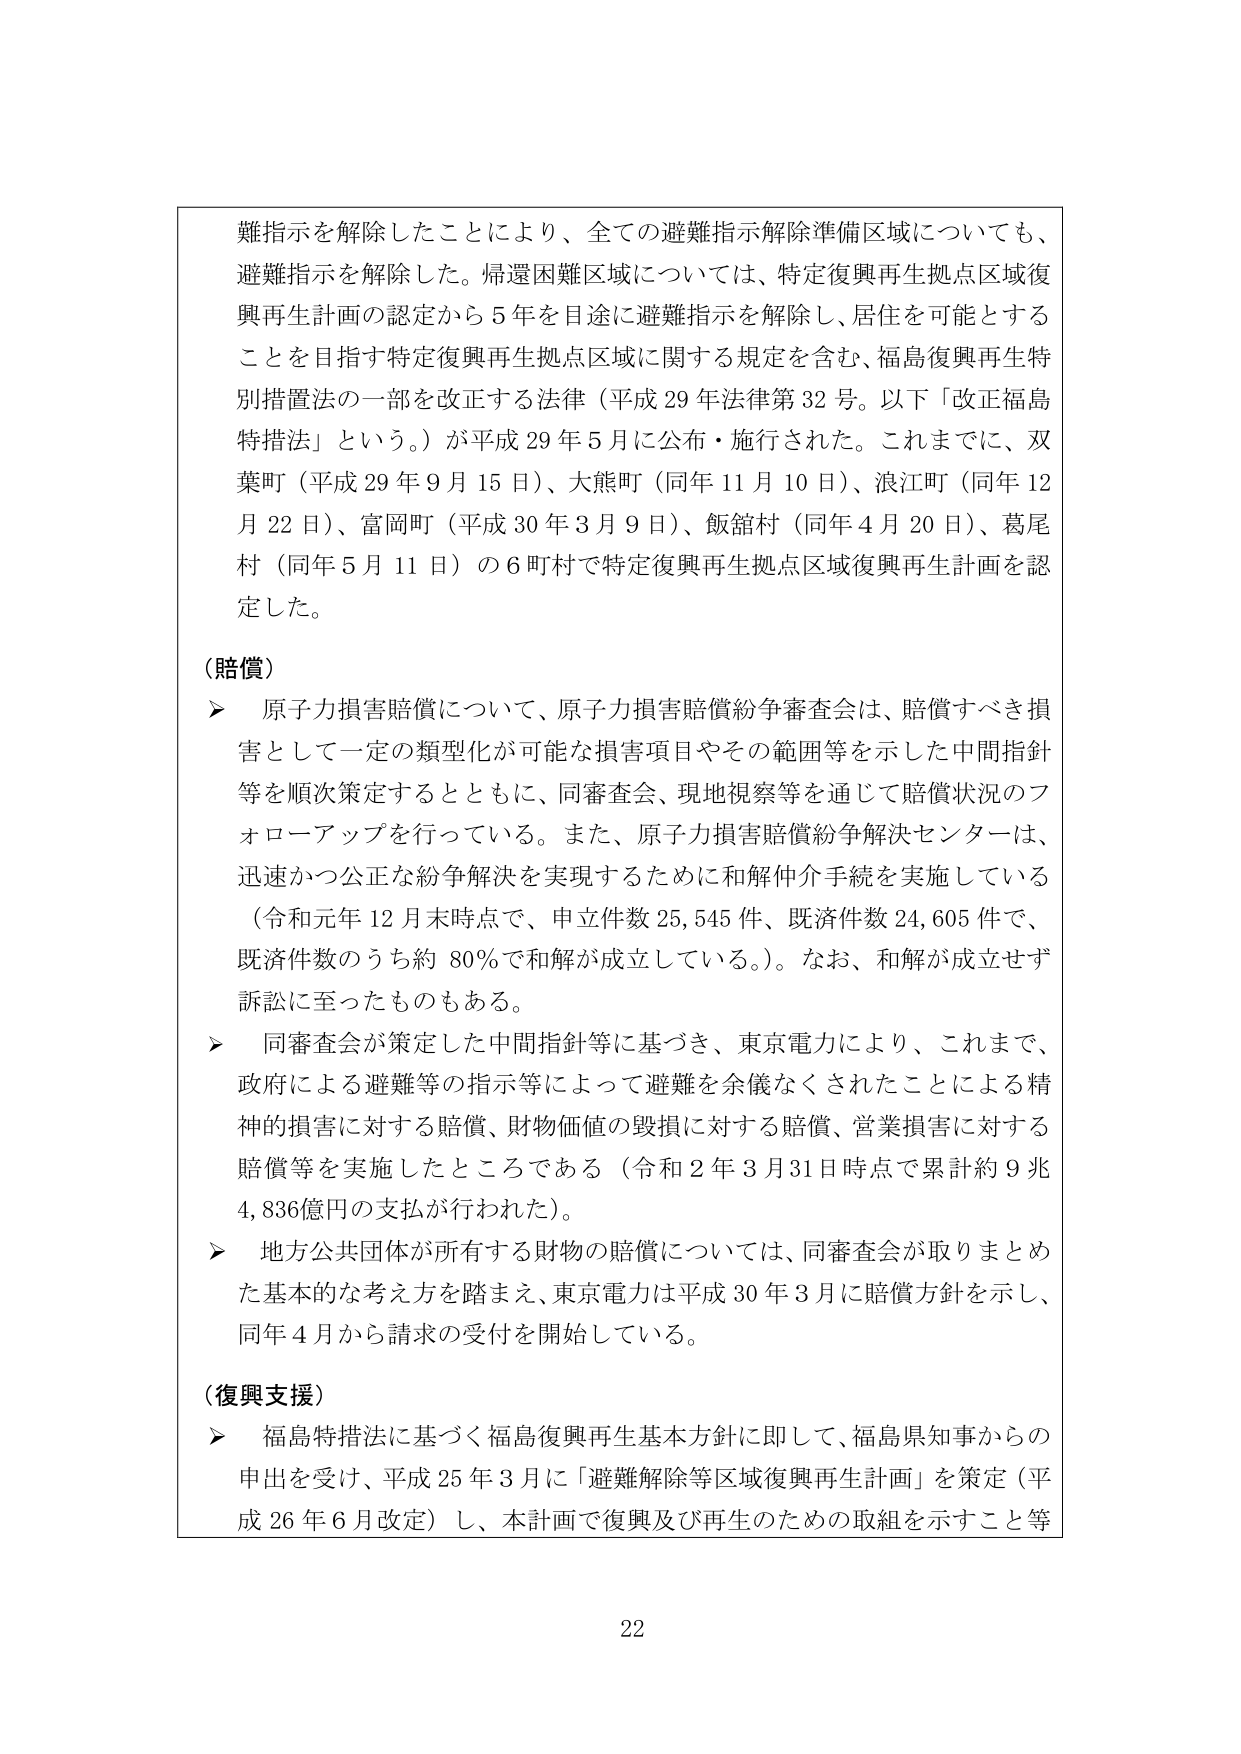
難指示を解除したことにより、全ての避難指示解除準備区域についても、
避難指示を解除した。帰還困難区域については、特定復興再生拠点区域復
興再生計画の認定から５年を目途に避難指示を解除し、居住を可能とする
ことを目指す特定復興再生拠点区域に関する規定を含む、福島復興再生特
別措置法の一部を改正する法律（平成29年法律第32号。以下「改正福島
特措法」という。）が平成29年5月に公布・施行された。これまでに、双
葉町（平成29年9月15日）、大熊町（同年11月10日）、浪江町（同年12
月22日）、富岡町（平成30年3月9日）、飯舘村（同年4月20日）、葛尾
村（同年5月11日）の6町村で特定復興再生拠点区域復興再生計画を認
定した。

（賠償）
▶ 原子力損害賠償について、原子力損害賠償紛争審査会は、賠償すべき損
害として一定の類型化が可能な損害項目やその範囲等を示した中間指針
等を順次策定するとともに、同審査会、現地視察等を通じて賠償状況のフ
ォローアップを行っている。また、原子力損害賠償紛争解決センターは、
迅速かつ公正な紛争解決を実現するために和解仲介手続を実施している
（令和元年12月末時点で、申立件数25,545件、既済件数24,605件で、
既済件数のうち約80％で和解が成立している。）。なお、和解が成立せず
訴訟に至ったものもある。
▶ 同審査会が策定した中間指針等に基づき、東京電力により、これまで、
政府による避難等の指示等によって避難を余儀なくされたことによる精
神的損害に対する賠償、財物価値の毀損に対する賠償、営業損害に対する
賠償等を実施したところである（令和2年3月31日時点で累計約9兆
4,836億円の支払が行われた）。
▶ 地方公共団体が所有する財物の賠償については、同審査会が取りまとめ
た基本的な考え方を踏まえ、東京電力は平成30年3月に賠償方針を示し、
同年4月から請求の受付を開始している。

（復興支援）
▶ 福島特措法に基づく福島復興再生基本方針に即して、福島県知事からの
申出を受け、平成25年3月に「避難解除等区域復興再生計画」を策定（平
成26年6月改定）し、本計画で復興及び再生のための取組を示すこと等

22